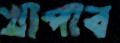
খাপাব